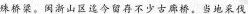
殊桥梁。闵渐山区迄今留存不少古廊桥，当地采伐